65_HS1-834228961_62-HQ-83894_Serial_164
Agency: FBI
Page 49
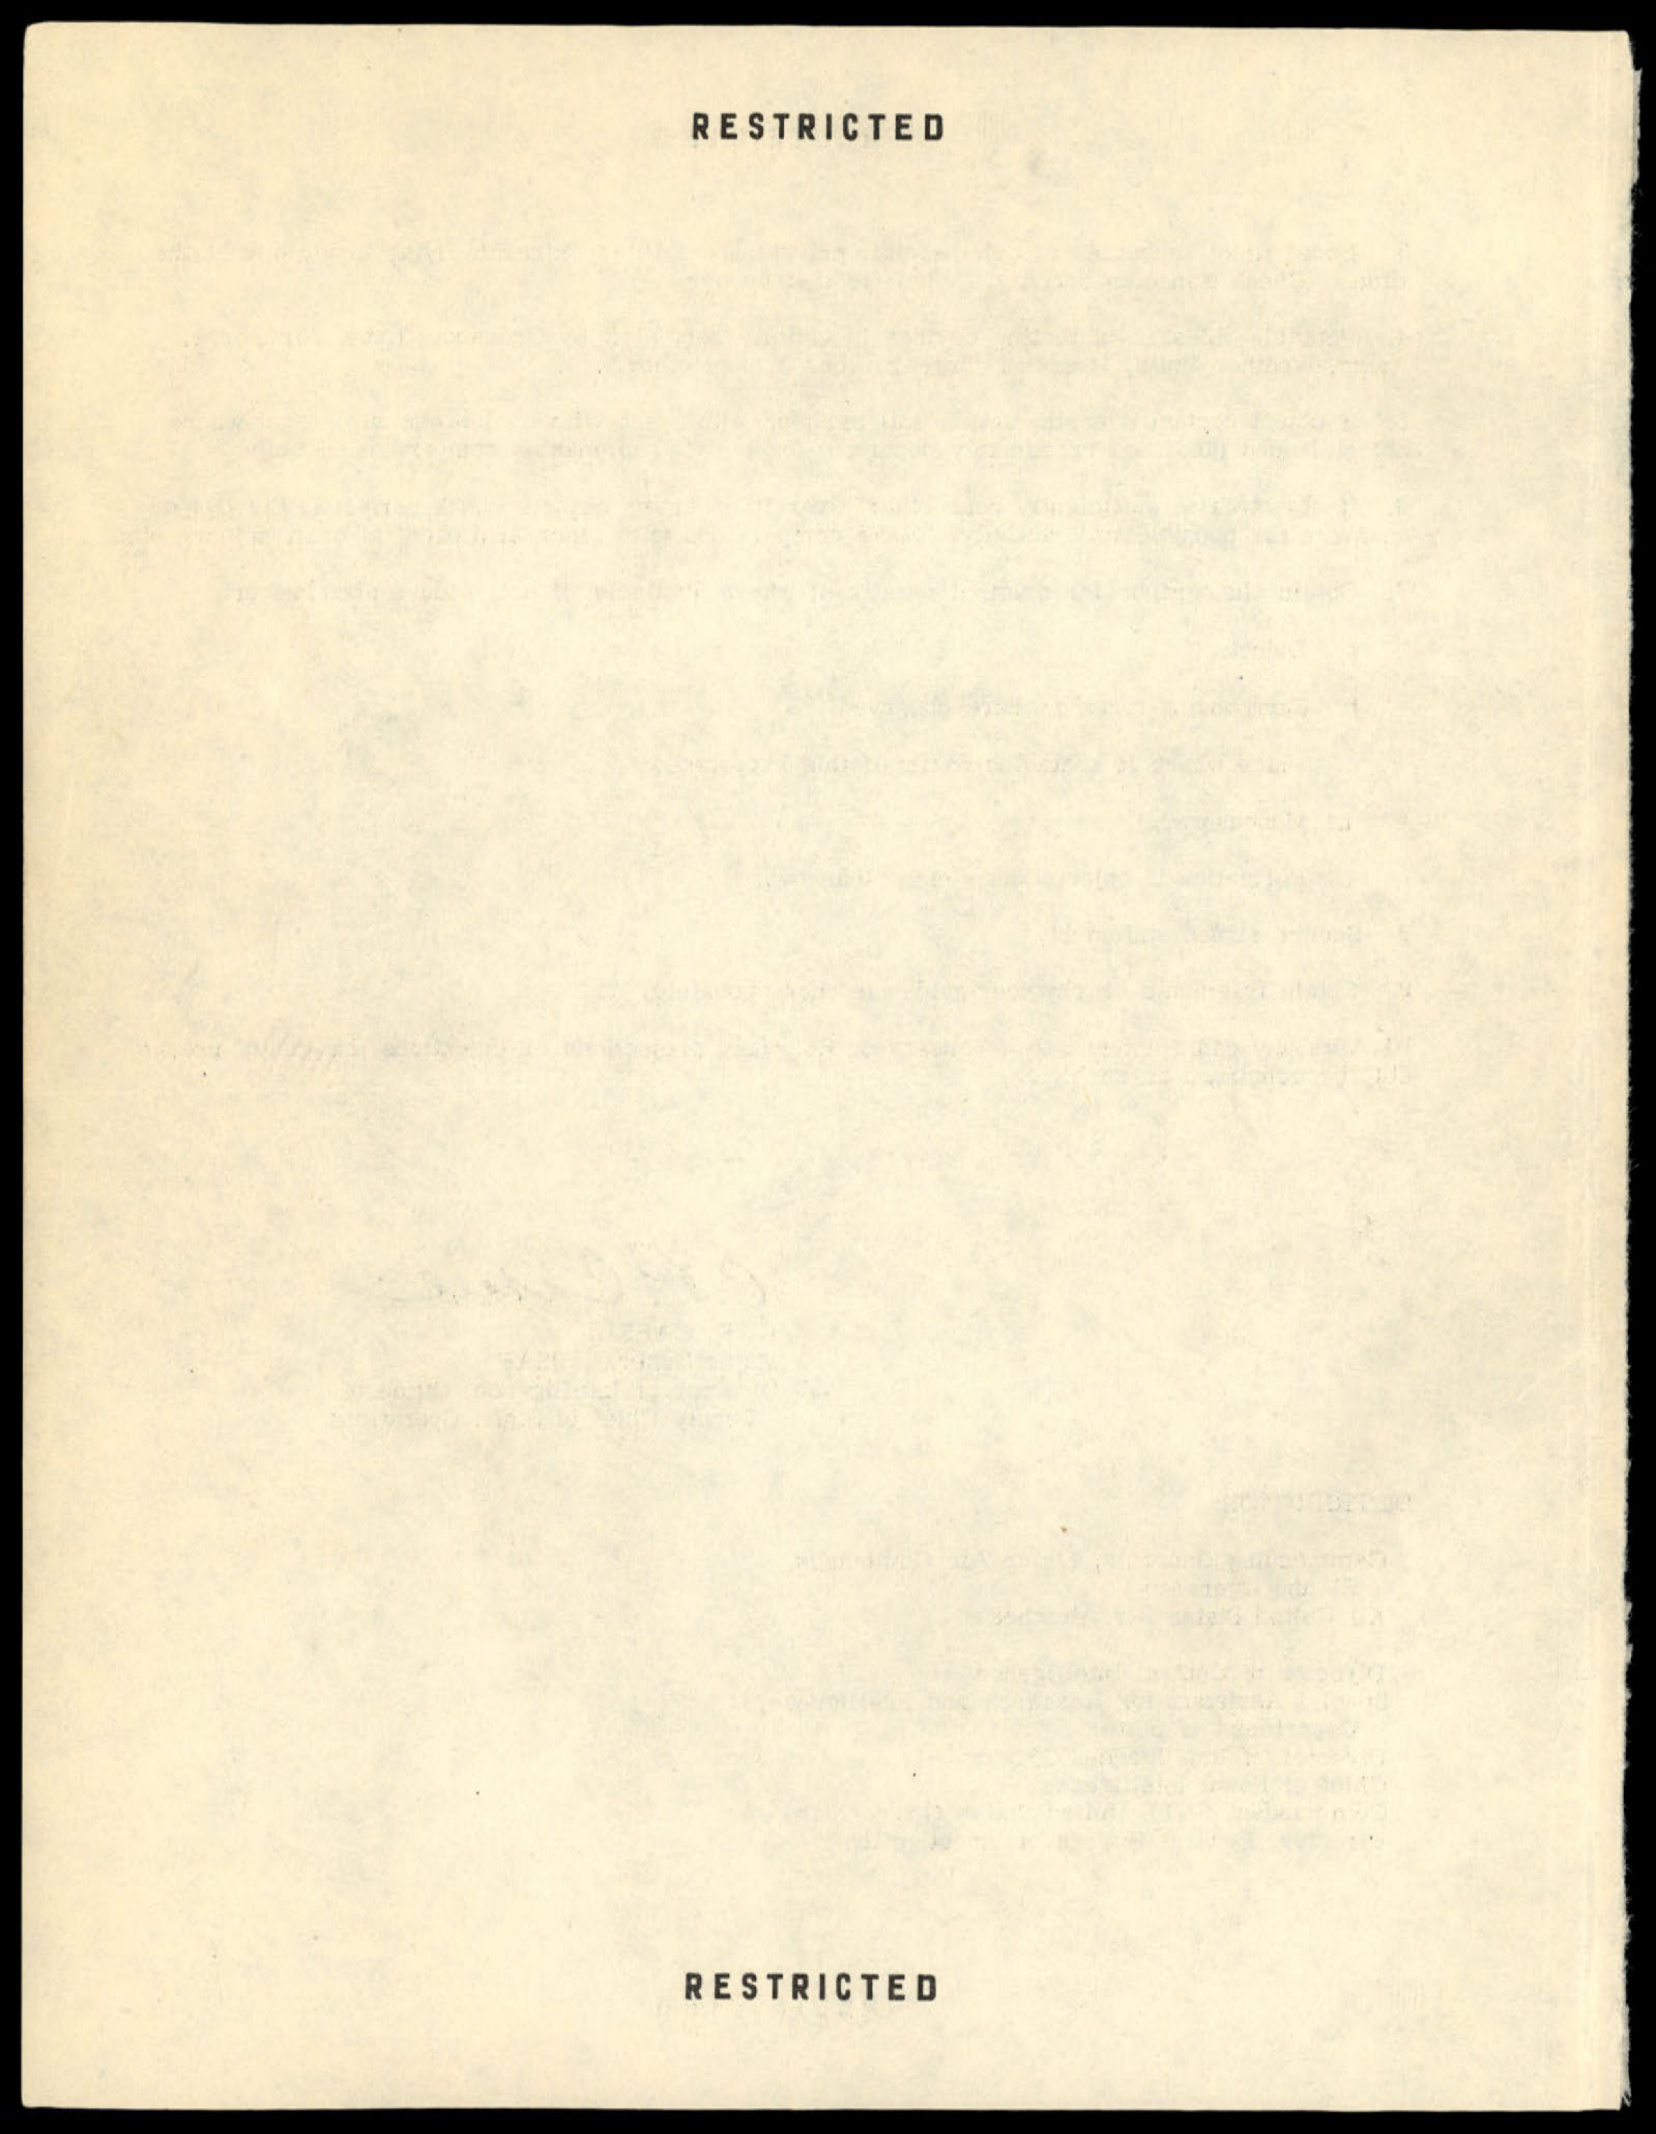